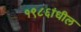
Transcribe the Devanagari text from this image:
१९८६ांधील